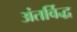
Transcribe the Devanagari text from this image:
अंतर्विद्ध